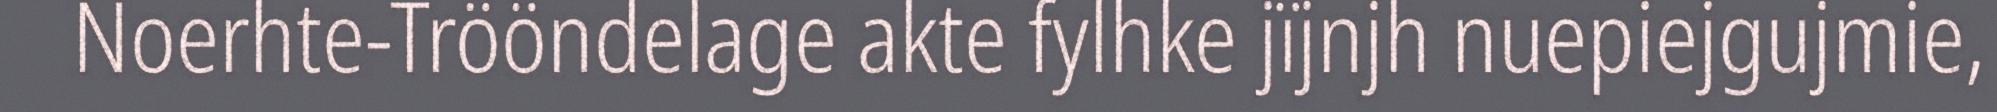
Noerhte-Trööndelage akte fylhke jïjnjh nuepiejgujmie,